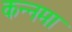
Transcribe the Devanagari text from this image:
कन्नमा